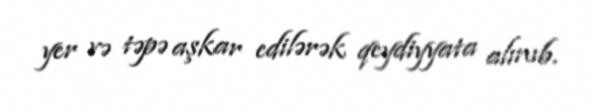
yer və təpə aşkar edilərək qeydiyyata alınıb.